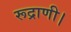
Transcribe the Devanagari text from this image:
रूद्राणी।